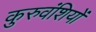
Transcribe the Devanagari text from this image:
कुरुवंशियों